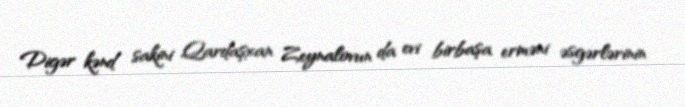
Digər kənd sakini Qardaşxan Zeynalovun da evi birbaşa erməni əsgərlərinin